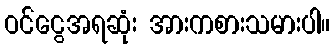
ဝင်ငွေအရဆုံး အားကစားသမားပါ။